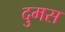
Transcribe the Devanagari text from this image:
दुमस